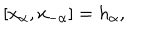
LaTeX: [ x _ { \alpha } , x _ { - \alpha } ] = h _ { \alpha } ,